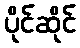
ပိုင်ဆိုင်